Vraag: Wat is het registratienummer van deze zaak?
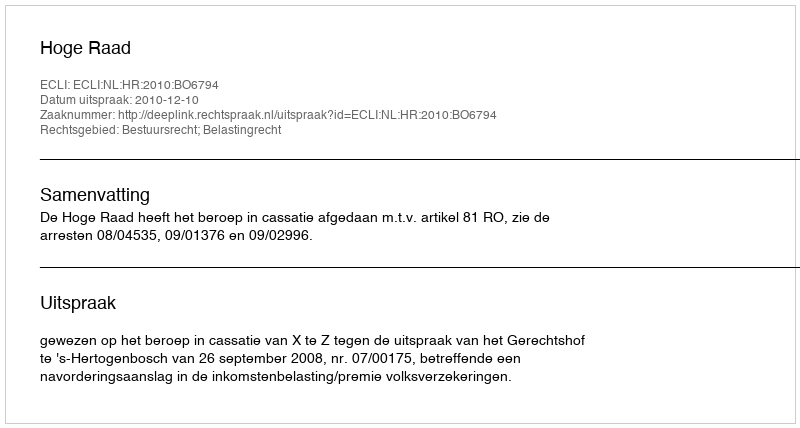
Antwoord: http://deeplink.rechtspraak.nl/uitspraak?id=ECLI:NL:HR:2010:BO6794